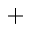
^ +